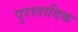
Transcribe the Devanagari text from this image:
पुराताविक